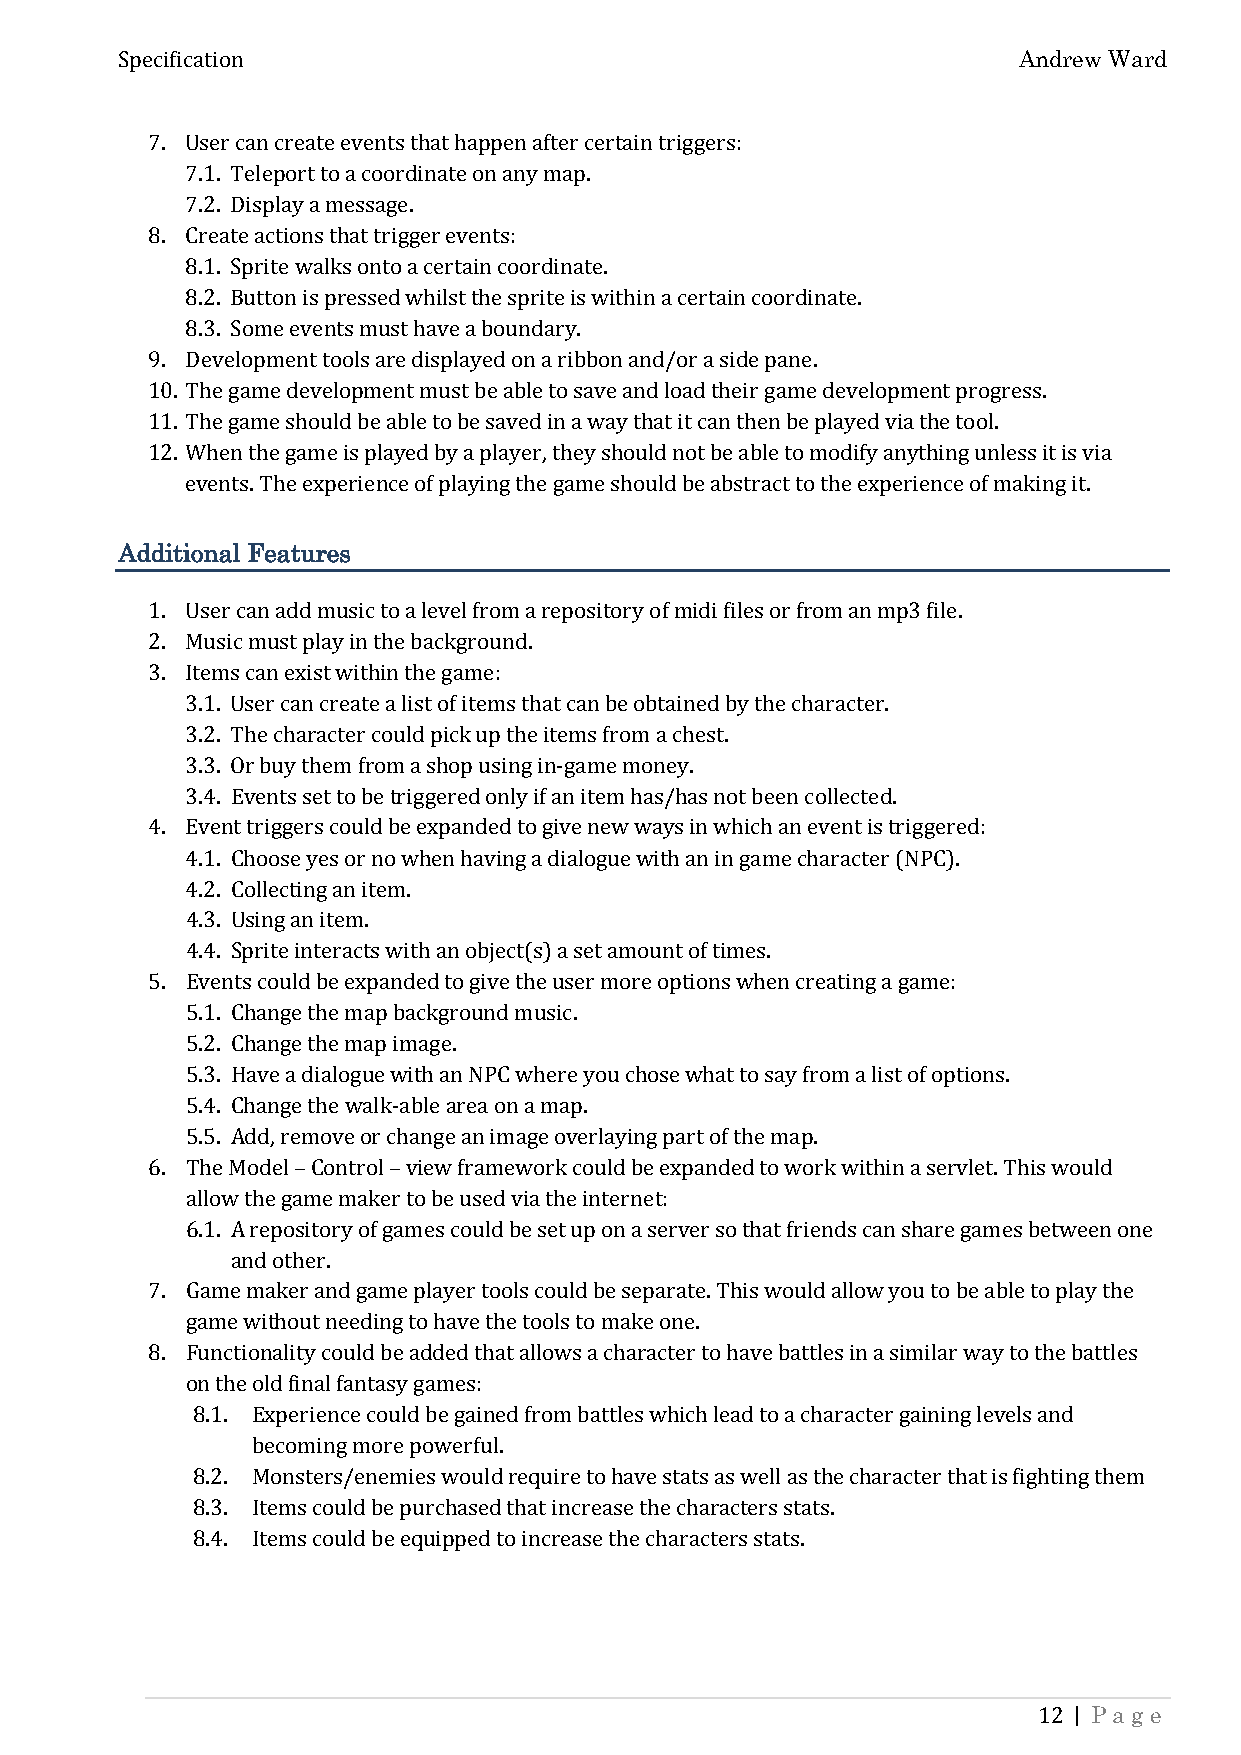
Andrew Ward
 Specification
 7. User can create events that happen after certain triggers:
 7.1. Teleport to a coordinate on any map.
 7.2. Display a message.
 8. Create actions that trigger events:
 8.1. Sprite walks onto a certain coordinate.
 8.2. Button is pressed whilst the sprite is within a certain coordinate.
 8.3. Some events must have a boundary.
 9. Development tools are displayed on a ribbon and/or a side pane.
 10. The game development must be able to save and load their game development progress.
 11. The game should be able to be saved in a way that it can then be played via the tool.
 12. When the game is played by a player, they should not be able to modify anything unless it is via
 events. The experience of playing the game should be abstract to the experience of making it.
 Additional Features
 1. User can add music to a level from a repository of midi files or from an mp3 file.
 2. Music must play in the background.
 3. Items can exist within the game:
 3.1. User can create a list of items that can be obtained by the character.
 3.2. The character could pick up the items from a chest.
 3.3. Or buy them from a shop using in-game money.
 3.4. Events set to be triggered only if an item has/has not been collected.
 4. Event triggers could be expanded to give new ways in which an event is triggered:
 4.1. Choose yes or no when having a dialogue with an in game character (NPC).
 4.2. Collecting an item.
 4.3. Using an item.
 4.4. Sprite interacts with an object(s) a set amount of times.
 5. Events could be expanded to give the user more options when creating a game:
 5.1. Change the map background music.
 5.2. Change the map image.
 5.3. Have a dialogue with an NPC where you chose what to say from a list of options.
 5.4. Change the walk-able area on a map.
 5.5. Add, remove or change an image overlaying part of the map.
 6. The Model – Control – view framework could be expanded to work within a servlet. This would
 allow the game maker to be used via the internet:
 6.1. A repository of games could be set up on a server so that friends can share games between one
 and other.
 7. Game maker and game player tools could be separate. This would allow you to be able to play the
 game without needing to have the tools to make one.
 8. Functionality could be added that allows a character to have battles in a similar way to the battles
 on the old final fantasy games:
 8.1. Experience could be gained from battles which lead to a character gaining levels and
 becoming more powerful.
 8.2. Monsters/enemies would require to have stats as well as the character that is fighting them
 8.3. Items could be purchased that increase the characters stats.
 8.4. Items could be equipped to increase the characters stats.
 | Page
 12